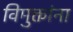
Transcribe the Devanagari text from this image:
विमुक्तांना